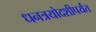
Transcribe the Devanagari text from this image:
धनत्रयोदशीपर्यंत